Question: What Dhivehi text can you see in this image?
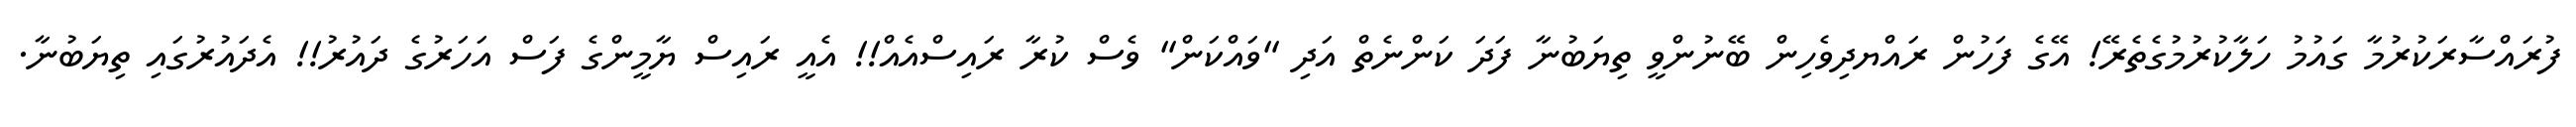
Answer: ފުރައްސާރަކުރުމާ ގައުމު ހަލާކުރުމުގެތެރޭ! އޭގެ ފަހުން ރައްޔދިވެހިން ބޭނުންވީ ތިޔަބުނާ ފަދަ ކަންނެތް އަދި "ވައްކަން" ވެސް ކުރާ ރައިސްއެއް!! އެއީ ރައިސް ޔާމީންގެ ފަސް އަހަރުގެ ދައުރު!! އެދައުރުގައި ތިޔަބުނާ.